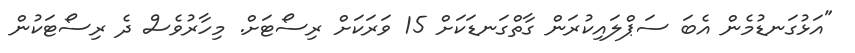
"އަޅުގަނޑުމެން އެބަ ސަޕްލައިކުރަން ގާތްގަނޑަކަށް 15 ވަރަކަށް ރިސޯޓަށް. މިހާރުވެސް ދެ ރިސޯޓަކުން